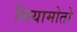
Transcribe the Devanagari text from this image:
मियामोतो